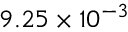
9 . 2 5 \times 1 0 ^ { - 3 }